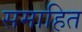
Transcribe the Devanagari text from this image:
समाहित